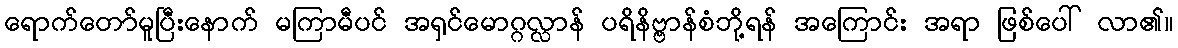
ရောက်တော်မူပြီးနောက် မကြာမီပင် အရှင်မောဂ္ဂလ္လာန် ပရိနိဗ္ဗာန်စံဘို့ရန် အကြောင်း အရာ ဖြစ်ပေါ် လာ၏။